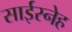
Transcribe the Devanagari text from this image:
साईस्नेह